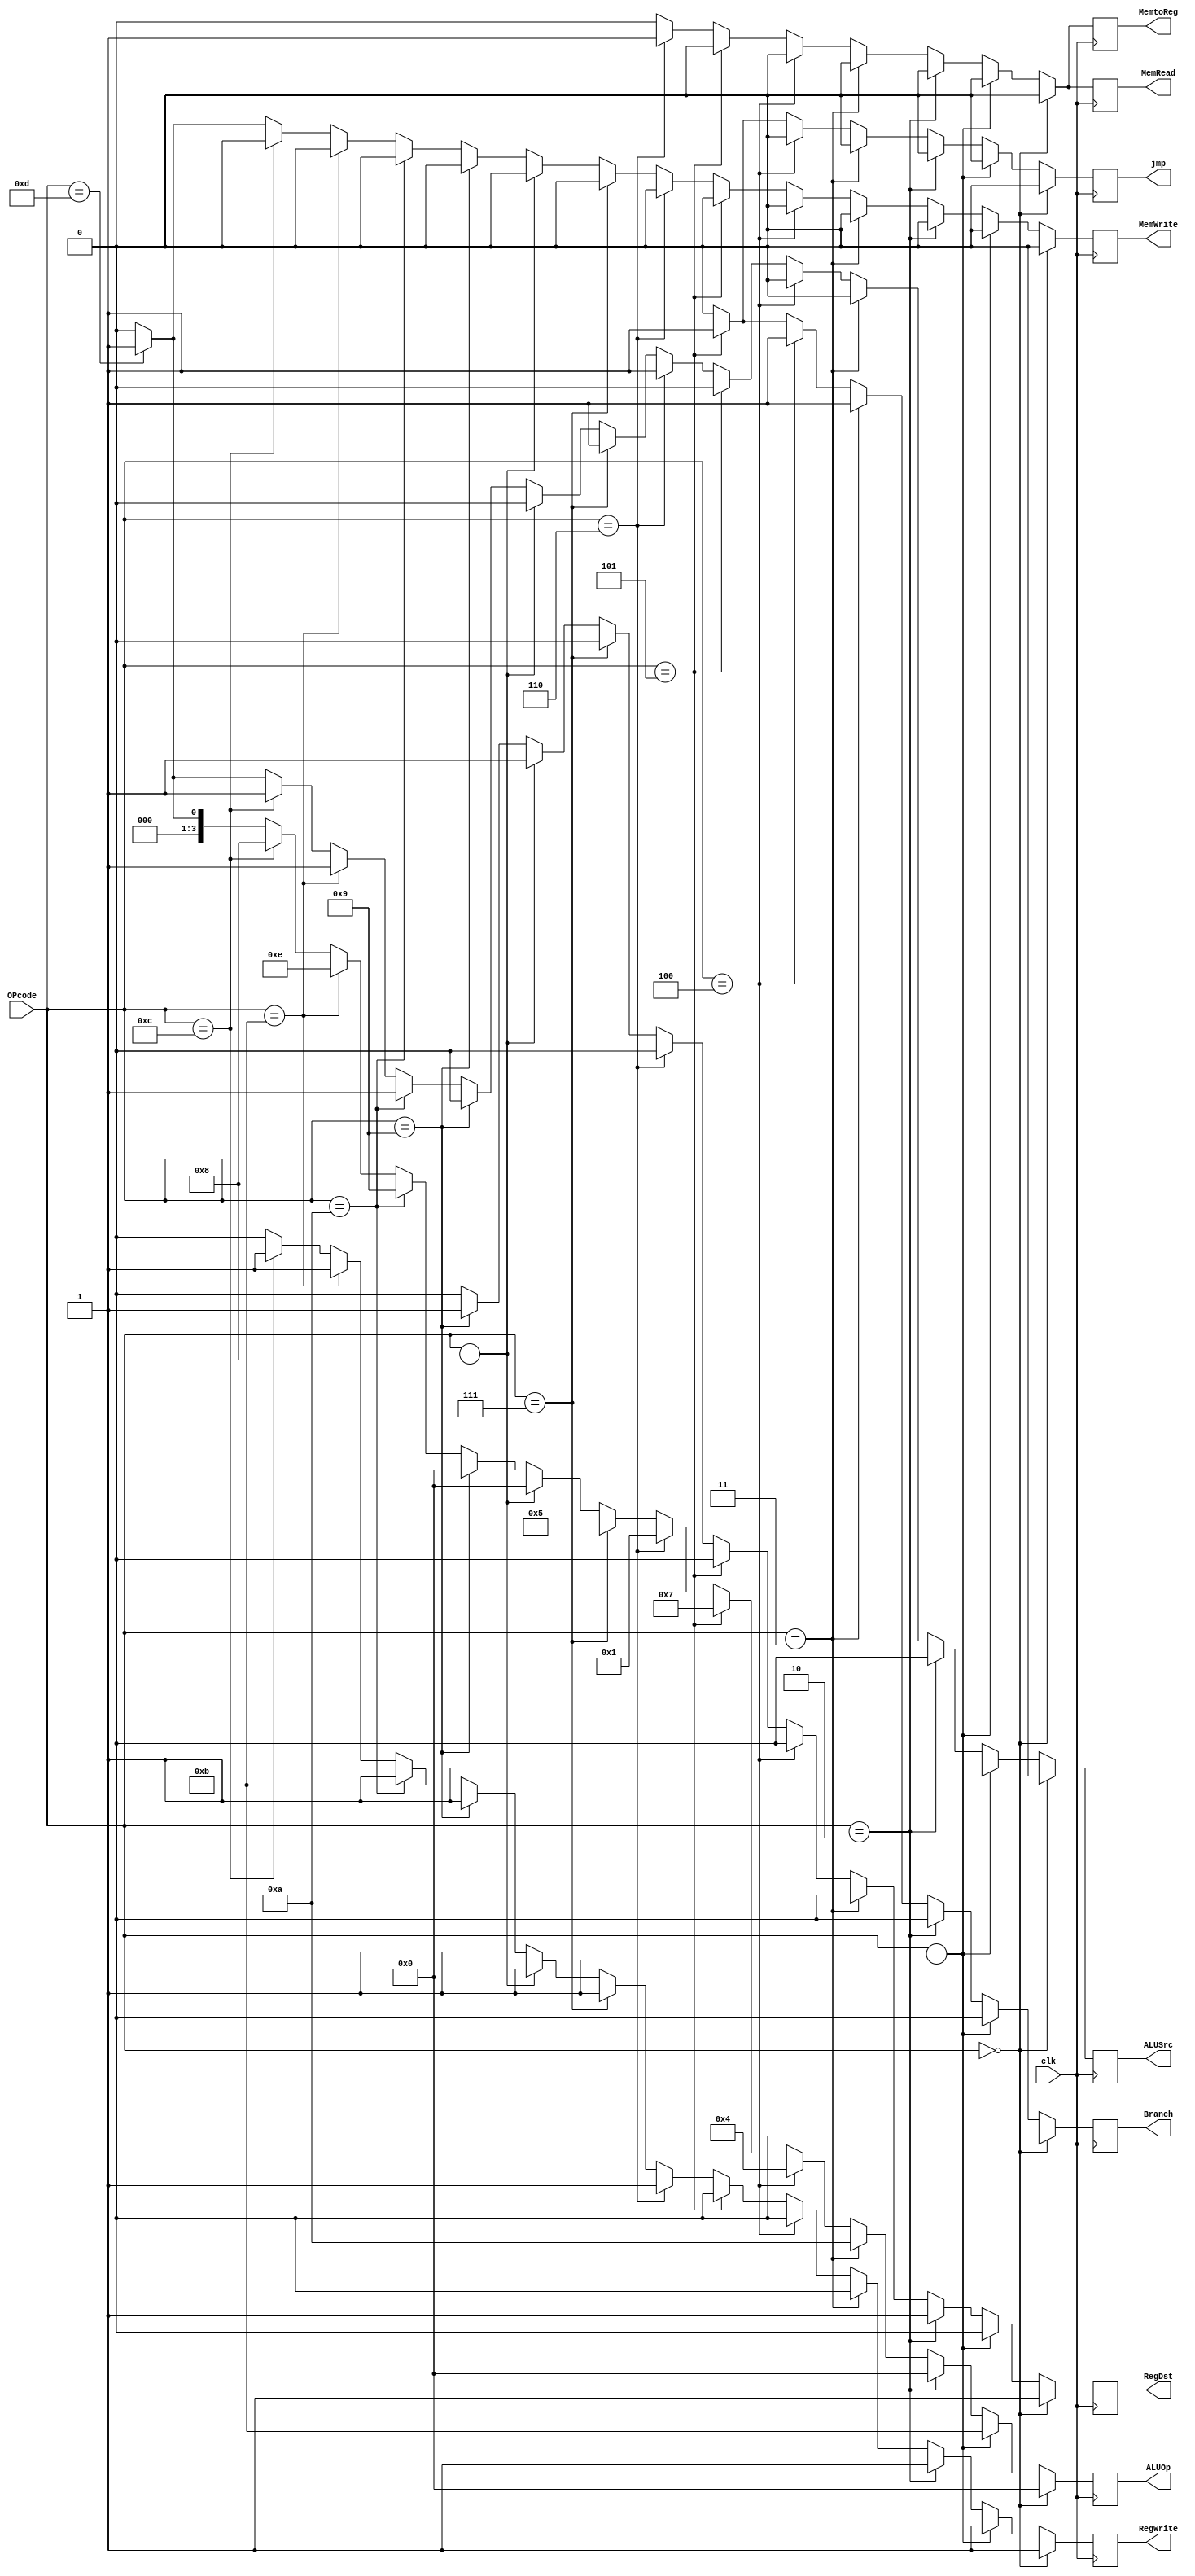
module control(
	 input clk,
    input [3:0] OPcode,
    output reg jmp,
    output reg RegWrite,
    output reg MemtoReg,
    output reg Branch,
    output reg MemRead,
    output reg MemWrite,
    output reg RegDst,
    output reg [3:0] ALUOp,
    output reg ALUSrc
	 );
    
    //R-type operation
	 always@(posedge clk)
		 if (OPcode == 'b0000)
			begin
			  jmp <= 0;
			  RegWrite <= 1;
			  MemtoReg <= 0;
			  Branch <= 0;
			  MemRead <= 0;
			  MemWrite <= 0;
			  RegDst <= 1;
			  ALUOp <= 0000;
			  ALUSrc <= 0;
			end
		 
		 //addi operation
		 else if (OPcode == 0001)
			begin
			  jmp <= 0;
			  RegWrite <= 1;
			  MemtoReg <= 0;
			  Branch <= 0;
			  MemRead <= 0;
			  MemWrite <= 0;
			  RegDst <= 0;
			  ALUOp <= 0011;
			  ALUSrc <= 1;
			end
		 
		 //and operation
		 else if (OPcode == 'b0010)
			  begin
					jmp <= 0;
					RegWrite <= 1;
					MemtoReg <= 0;
					Branch <= 0;
					MemRead <= 0;
					MemWrite <= 0;
					RegDst <= 1;
					ALUOp <= 0000;
					ALUSrc <= 0;
			  end
		 
		 //Beq operation
		  else if (OPcode == 'b0011)
				begin
						 jmp <= 0;
						 RegWrite <= 0;
						 MemtoReg <= 0;
						 Branch <= 1;
						 MemRead <= 0;
						 MemWrite <= 0;
						 RegDst <= 0;
						 ALUOp <= 0010;
						 ALUSrc <= 0;
				end
		 
		 //Bne operation
		 else if (OPcode == 'b0100)
			  begin
						 jmp <= 0;
						 RegWrite <= 0;
						 MemtoReg <= 0;
						 Branch <= 1;
						 MemRead <= 0;
						 MemWrite <= 0;
						 RegDst <= 0;
						 ALUOp <= 0100;
						 ALUSrc <= 0;
			  end
		  
		  //Jmp operation
		  else if (OPcode == 'b0101)
			  begin
						 jmp <= 1;
						 RegWrite <= 0;
						 MemtoReg <= 0;
						 Branch <= 1;
						 MemRead <= 0;
						 MemWrite <= 0;
						 RegDst <= 0;
						 ALUOp <= 1111;
						 ALUSrc <= 0;
			  end
		  
		  //lw operation
		  else if (OPcode == 'b0110)
			 begin
						 jmp <= 0;
						 RegWrite <= 1;
						 MemtoReg <= 1;
						 Branch <= 0;
						 MemRead <= 1;
						 MemWrite <= 0;
						 RegDst <= 0;
						 ALUOp <= 0001;
						 ALUSrc <= 1;
			  end
		
		  //lui operation
		  else if (OPcode == 'b0111)
			  begin
						 jmp <= 0;
						 RegWrite <= 1;
						 MemtoReg <= 0;
						 Branch <= 0;
						 MemRead <= 0;
						 MemWrite <= 0;
						 RegDst <= 0;
						 ALUOp <= 0101;
						 ALUSrc <= 1;
			  end
		  
		  //or operation
		  else if (OPcode == 'b1000) 
			  begin
						 jmp <= 0;
						 RegWrite <= 1;
						 MemtoReg <= 0;
						 Branch <= 0;
						 MemRead <= 0;
						 MemWrite <= 0;
						 RegDst <= 1;
						 ALUOp <= 0000;
						 ALUSrc <= 0;
			  end
		 
		  //xor operation
		  else if (OPcode == 'b1001) 
			  begin
						 jmp <= 0;
						 RegWrite <= 1;
						 MemtoReg <= 0;
						 Branch <= 0;
						 MemRead <= 0;
						 MemWrite <= 0;
						 RegDst <= 1;
						 ALUOp <= 0000;
						 ALUSrc <= 0;
			  end
		  
		  //slti operation
		  else if (OPcode == 'b1010)
			  begin
						 jmp <= 0;
						 RegWrite <= 1;
						 MemtoReg <= 0;
						 Branch <= 0;
						 MemRead <= 0;
						 MemWrite <= 0;
						 RegDst <= 0;
						 ALUOp <= 1001;
						 ALUSrc <= 1;
			  end
		  
		 //sll operation
			else if (OPcode == 'b1011) 
				begin
						  jmp <= 0;
						  RegWrite <= 1;
						  MemtoReg <= 0;
						  Branch <= 0;
						  MemRead <= 0;
						  MemWrite <= 0;
						  RegDst <= 0;
						  ALUOp <= 0110;
						  ALUSrc <= 1;
				end
		  
		  //srl operation
		  else if (OPcode == 'b1100) 
				begin
						 jmp <= 0;
						 RegWrite <= 1;
						 MemtoReg <= 0;
						 Branch <= 0;
						 MemRead <= 0;
						 MemWrite <= 0;
						 RegDst <= 0;
						 ALUOp <= 1000;
						 ALUSrc <= 1;
				end
		  
		  //sw operation
		  else if (OPcode == 'b1101) 
				begin
						 jmp <= 0;
						 RegWrite <= 0;
						 MemtoReg <= 0;
						 Branch <= 0;
						 MemRead <= 0;
						 MemWrite <= 1;
						 RegDst <= 0;
						 ALUOp <= 0001;
						 ALUSrc <= 1;
				end
		  
		  else 
			 begin
				jmp <= 0;
				RegWrite <= 0;
				MemtoReg <= 0;
				Branch <= 0;
				MemRead <= 0;
				MemWrite <= 0;
				RegDst <= 0;
				ALUOp <= 0000;
				ALUSrc <= 0;
			 end
    
endmodule